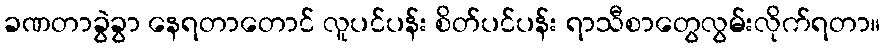
ခဏတာခွဲခွာ နေရတာတောင် လူပင်ပန်း စိတ်ပင်ပန်း ရာသီစာတွေလွမ်းလိုက်ရတာ။